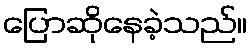
ပြောဆိုနေခဲ့သည်။